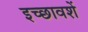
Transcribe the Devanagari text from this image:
इच्छावशें